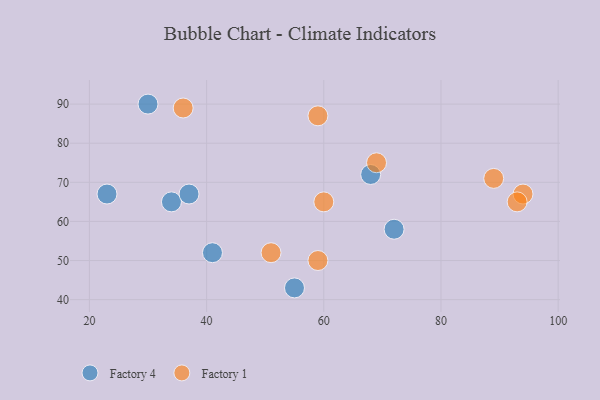
{"axis": {"x": "GDP", "y": "Life Expectancy"}, "legend": ["Factory 1", "Factory 4"], "data": [{"x": "34", "y": 65, "type": "Factory 4"}, {"x": "23", "y": 67, "type": "Factory 4"}, {"x": "55", "y": 43, "type": "Factory 4"}, {"x": "30", "y": 90, "type": "Factory 4"}, {"x": "41", "y": 52, "type": "Factory 4"}, {"x": "72", "y": 58, "type": "Factory 4"}, {"x": "37", "y": 67, "type": "Factory 4"}, {"x": "68", "y": 72, "type": "Factory 4"}, {"x": "60", "y": 65, "type": "Factory 1"}, {"x": "59", "y": 87, "type": "Factory 1"}, {"x": "69", "y": 75, "type": "Factory 1"}, {"x": "36", "y": 89, "type": "Factory 1"}, {"x": "89", "y": 71, "type": "Factory 1"}, {"x": "94", "y": 67, "type": "Factory 1"}, {"x": "93", "y": 65, "type": "Factory 1"}, {"x": "59", "y": 50, "type": "Factory 1"}, {"x": "51", "y": 52, "type": "Factory 1"}]}